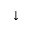
^ \downarrow